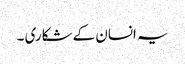
یہ انسان کے شکاری ۔